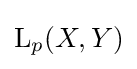
\operatorname {L} _{p}(X,Y)